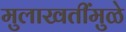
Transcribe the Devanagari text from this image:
मुलाखतींमुळे